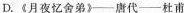
D.《月夜忆舍弟》——唐代——杜甫